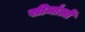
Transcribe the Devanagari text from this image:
सीमा॑ओं